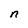
Character: n